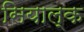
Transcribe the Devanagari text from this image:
सियाल्क